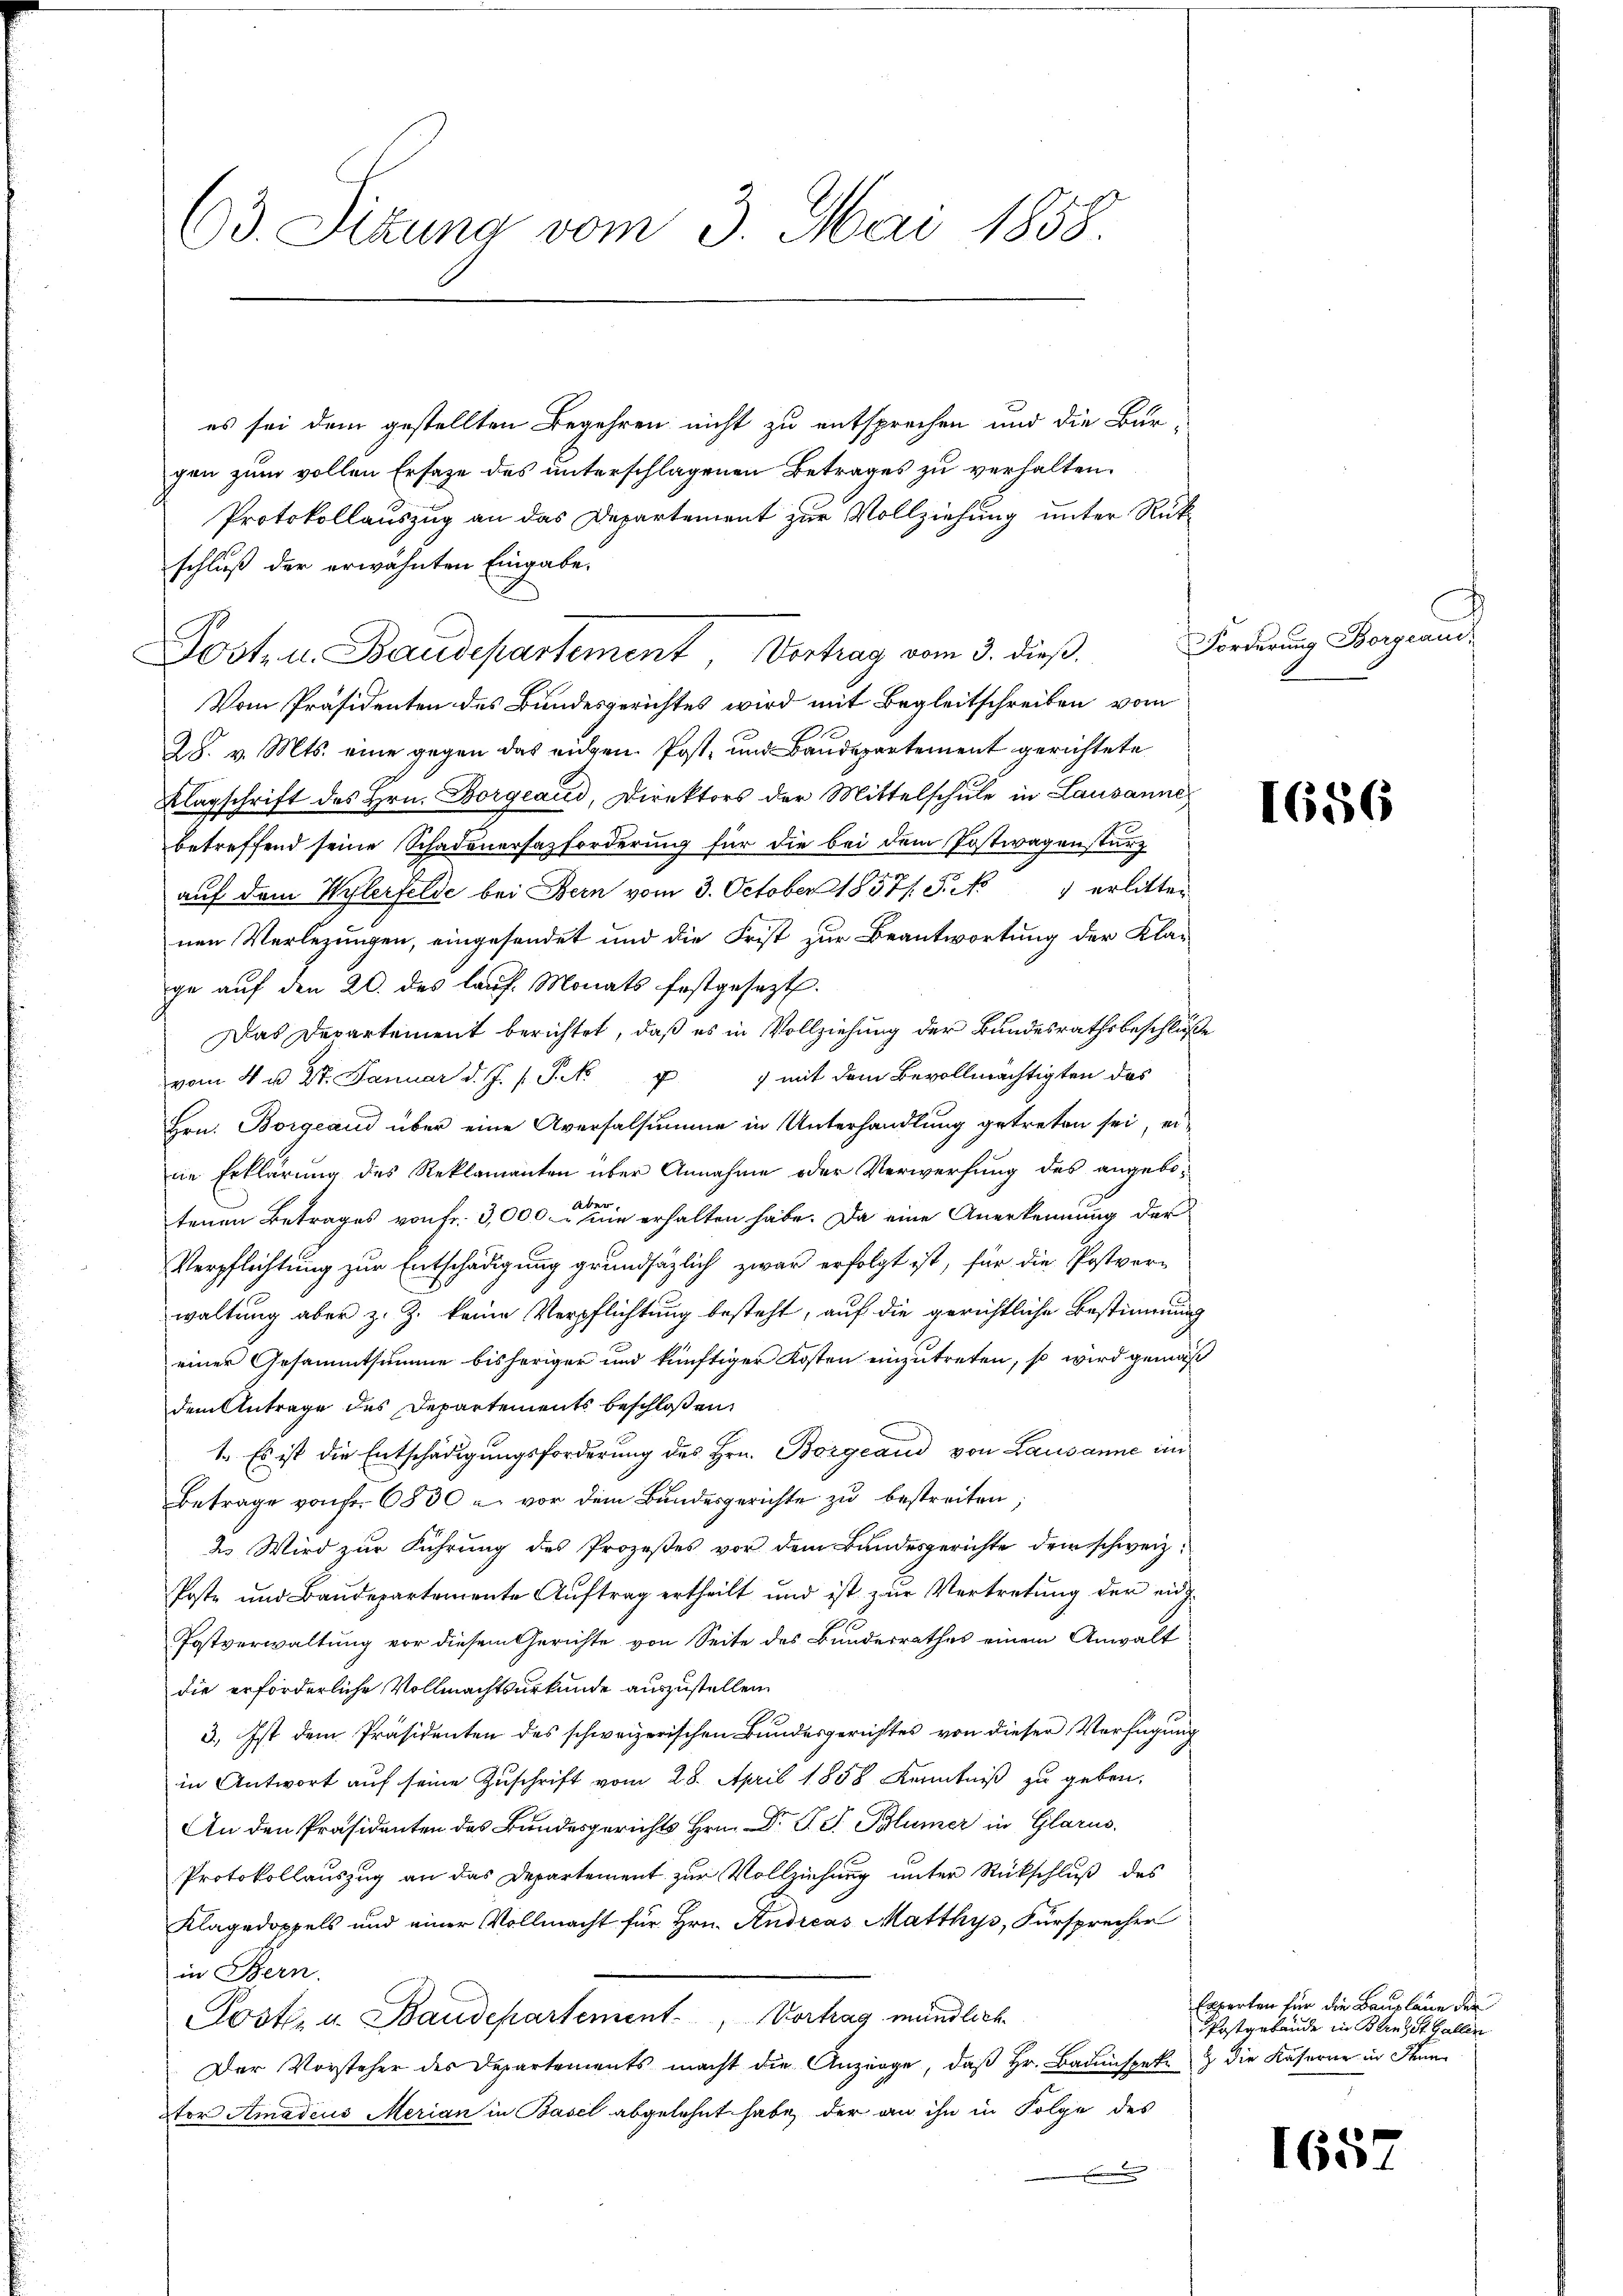
d

63. Sitzung vom 3. Mai 1858.

es sei dem gestellten Begehren nicht zu entsprechen und die Bur-
gen zum vollen Ersatze des unterschlagenen Betrages zu verhalten.
Protokollauszug an das Departement zur Vollziehung unter Rükschluß der erwähnten Eingabe.
Vom Präsidenten des Bundesgerichtes wird mit Begleitschreiben vom
28. v. Mts. eine gegen das eigen Post- und Baudepartement gerichtete
Klagschrift des Hrn. Borgeaud, Direktors der Mittelschule in Lausanne
betreffend seine Schadenersatzforderung für die bei dem Postwagensturz
aŭf dem Wohlerfelde bei Bern vom 3. October 1857/. P. No 1 erlitten
nen Verlegungen, eingesendet und die Frist zur Beantwortung der Kla-
ge auf den 20. des lauf Monats festgesezt.
Das Departement berichtet, daß es in Vollziehung der Bundesrathsbeschlüße
) mit dem Bevollmächtigten das
vom 4. u. 27. Januar d. J. J. P. Nr.
Hrn. Borgeaud über eine Aversalsumme in Unterhandlung getreten sei, ei-
ne Erklärung des Reklamanten über Annahme oder Verwerfung des angebotenen Betrages von Fr. 3,000 die erhalten habe. Da eine Anerkennung der
Verpflichtung zur Entschädigung grundsätzlich zwar erfolgt ist, für die Postverwaltung aber z. Z. keine Verpflichtung besteht, auf die gerichtliche Bestimmung
einer Gesammtsumme bisheriger und künftiger Kosten einzutreten, so wird gemäß
dem Antrage des Departements beschloßen,
1. Es ist die Entschädigungsforderung des Hrn. Bozgeaud von Lausanne im
Betrage von fr. 6530 u. vor dem Bundesgerichte zu bestreiten
2. Wird zur Führung des Prozeßes vor dem Bundesgerichte dem schweiz.
Poste und Baudepartemente Auftrag ertheilt und ist zur Vertretung der eidg
Postverwaltung vor diesem Gerichte von Seite des Bundesrathes einem Anwalt
die erforderliche Vollmachtsurkunde auszustellen
3.) Ist dem Präsidenten des schweizerischen Bundesgerichtes von dieser Verfügung
in Antwort auf seine Zuschrift vom 28. April 1858 Kenntniß zu geben,
An den Präsidenten des Bundesgerichts Hrn. Dr. P. J. Blümer in Glarus.
Protokollauszug an das Departement zur Vollziehung unter Rückschluß des
Klagedoppels und einer Vollmacht für Hrn. Andreas Matthys, Fürsprecher
in Bern.
Post- u. Baudepartement, Vortrag mündlich
Der Vorsteher des Departements macht die Anzeige, daß Hr. Badenspeke & die Kaserne in Stan
tor Amadeus Merian in Basel abgelehnt habe, der an ihn in Folge des

Post- u. Baudepartement Vertrag vom 3. dieß.

h
Forderung Borgani¬

1656

Experten für die Bauplane der
Postgebäude in Bern St. Gallen

1652